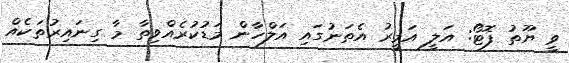
ވީ ޔޫތު ފޮޓޯ: އަލީ އަމީރު އެތަނުގައި އަލްހާން މަޑުކުރެއްވިތާ މާ ގިނައިރުތަކެއް